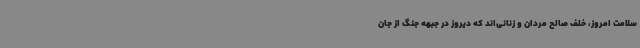
سلامت امروز، خلف صالح مردان و زنانی‌اند که دیروز در جبهه جنگ از جان